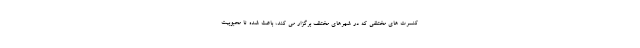
کنسرت های مختلفی که در شهرهای مختلف برگزار می کند، باعث شده تا محبوبیت